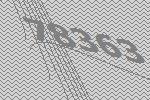
78363